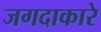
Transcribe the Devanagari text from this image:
जगदाकारे